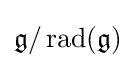
{\mathfrak {g}}/\operatorname {rad} ({\mathfrak {g}})